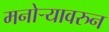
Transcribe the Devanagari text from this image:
मनोऱ्यावरुन